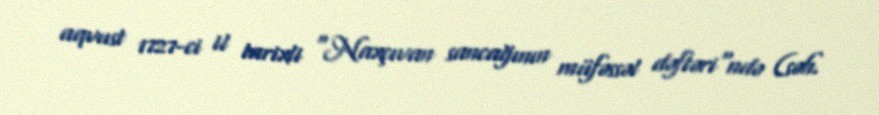
aqvust 1727-ci il tarixli "Naxçıvan sancağının müfəssəl dəftəri"ndə (səh.